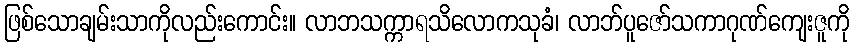
ဖြစ်သောချမ်းသာကိုလည်းကောင်း။ လာဘသက္ကာရသိလောကသုခံ၊ လာဘ်ပူဇော်သကာဂုဏ်ကျေးဇူကို